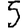
Digit: 5